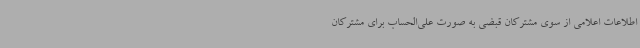
اطلاعات اعلامی از سوی مشترکان قبضی به صورت علی‌الحساب برای مشترکان